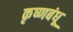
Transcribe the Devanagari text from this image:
कृष्णबंधू